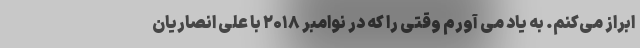
ابراز می‌کنم. به یاد می آورم وقتی را که در نوامبر ۲۰۱۸ با علی انصاریان